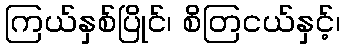
ကြယ်နှစ်ပြိုင်၊ စိတြငယ်နှင့်၊